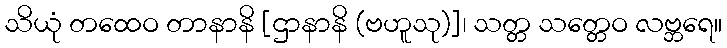
သိယုံ တထေဝ တာနာနိ [ဌာနာနိ (ဗဟူသု)]၊ သတ္တ သတ္တေဝ လဗ္ဘရေ။